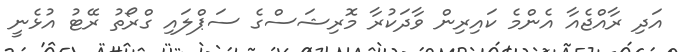
އަދި ރާއްޖެއާ އެންމެ ކައިރިން ވާދަކުރާ މޮރިޝަސްގެ ސަޕްލައި ގްރޯތު ރޭޓު އުޅެނީ